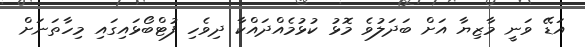
އަޑޭ ވަނީ މާޒިޔާ އަށް ބަދަލުވެ މޮޅު ކުޅުމެއްދައްކާ ދިވެހި ފުޓްބޯޅައިގައި މިހާތަނަށް